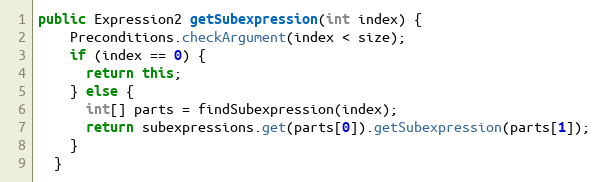
Language: Java
public Expression2 getSubexpression(int index) {
    Preconditions.checkArgument(index < size);
    if (index == 0) {
      return this;
    } else {
      int[] parts = findSubexpression(index);
      return subexpressions.get(parts[0]).getSubexpression(parts[1]);
    }
  }